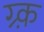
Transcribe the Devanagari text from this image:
ग्र्क़